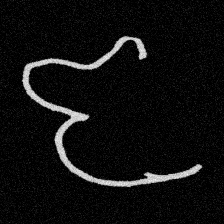
Pyu character \u2014 Myanmar letter: ဇ (romanized: ja)